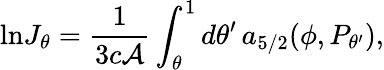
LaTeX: {\ln}J_{\theta}={\frac{1}{3c{\cal A}}}\int_{\theta}^{1}d\theta^{\prime}\, a_{5/2}(\phi,P_{\theta^{\prime}}),